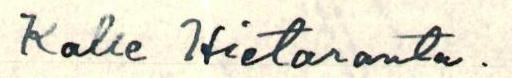
Kalle Hietaranta.